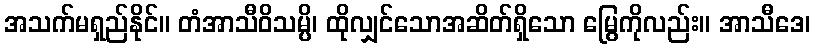
အသက်မရှည်နိုင်။ တံအာသီဝိသမ္ပိ၊ ထိုလျှင်သောအဆိတ်ရှိသော မြွေကိုလည်း။ အာသီဒေ၊